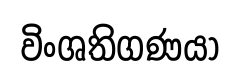
විංශතිගණයා